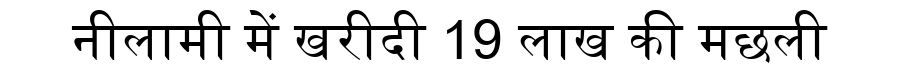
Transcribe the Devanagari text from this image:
नीलामी में खरीदी 19 लाख की मछली